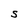
Character: S